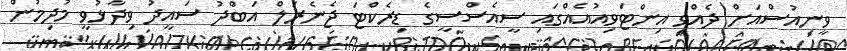
ވީނިއުސްއަށް ދެއްވި އިންޓަވިއުއެއްގައި ސީއެސްސީގެ ޑިރެކްޓަ ޖެނެރަލް އަބްދު ސައީދު ވިދާޅުވީ މުދިމުން